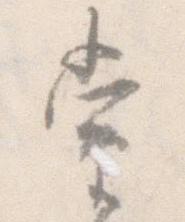
当